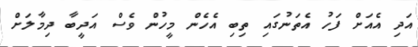
އަދި އެއަށް ފަހު އެތަނުގައި ތިބި އެހެން މީހުން ވެސް އަދީބާ ދިމާލަށް